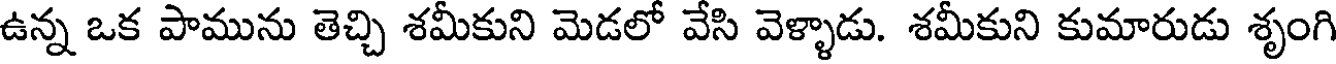
ఉన్న ఒక పామును తెచ్చి శమీకుని మెడలో వేసి వెళ్ళాడు. శమీకుని కుమారుడు శృంగి